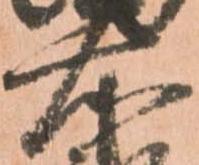
右